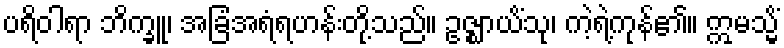
ပရိဝါရာ ဘိက္ခူ၊ အခြံအရံရဟန်းတို့သည်။ ဥဇ္ဈာယိံသု၊ ကဲ့ရဲ့ကုန်၏။ ဣမသ္မိံ